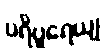
ပရိပူရေယျ